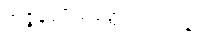
အဇ္ဇနပုပ္ဖိယတ္ထေရအပဒါန။